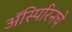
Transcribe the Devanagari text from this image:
ॲस्पिरिनचे